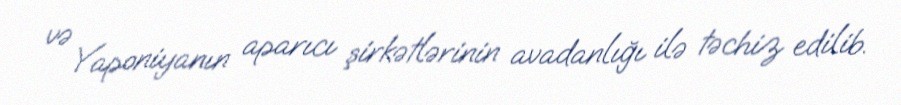
və Yaponiyanın aparıcı şirkətlərinin avadanlığı ilə təchiz edilib.